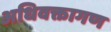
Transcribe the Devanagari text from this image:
अधिवक्तागण